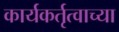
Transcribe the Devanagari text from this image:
कार्यकर्तृत्वाच्या